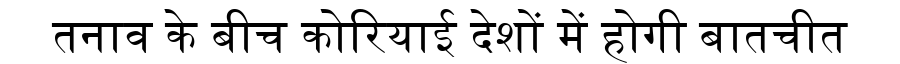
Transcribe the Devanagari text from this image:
तनाव के बीच कोरियाई देशों में होगी बातचीत